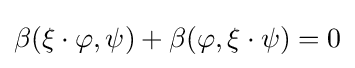
\beta (\xi \cdot \varphi ,\psi )+\beta (\varphi ,\xi \cdot \psi )=0